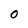
Character: O